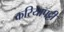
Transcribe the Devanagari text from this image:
करियापट्टी